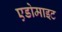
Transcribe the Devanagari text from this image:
एडोमाइट